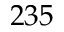
2 3 5